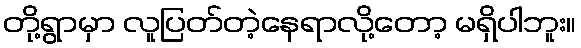
တို့ရွာမှာ လူပြတ်တဲ့နေရာလို့တော့ မရှိပါဘူး။